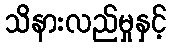
သိနားလည်မှုနှင့်